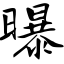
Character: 曝